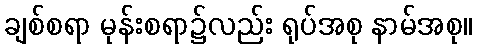
ချစ်စရာ မုန်းစရာ၌လည်း ရုပ်အစု နာမ်အစု။